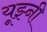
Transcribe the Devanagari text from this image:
यूझ्नी